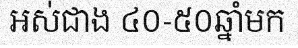
អស់ជាង ៤០-៥០ឆ្នាំមក